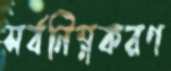
সর্বনিম্নকরণ